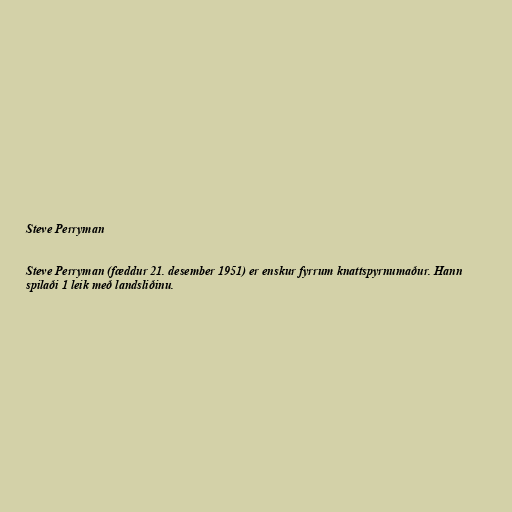
Steve Perryman

Steve Perryman (fæddur 21. desember 1951) er enskur fyrrum knattspyrnumaður. Hann
spilaði 1 leik með landsliðinu.